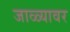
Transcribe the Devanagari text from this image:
जाळ्यावर